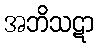
အဘိသဋာ